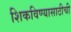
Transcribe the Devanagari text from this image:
शिकविण्यासाठीची